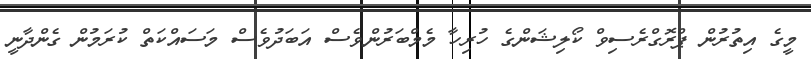
މީގެ އިތުރުން ޕްރޮގްރެސިވް ކޯލިޝަންގެ ހުރިހާ މެމްބަރުންވެސް އަބަދުވެސް މަސައްކަތް ކުރަމުން ގެންދާނީ